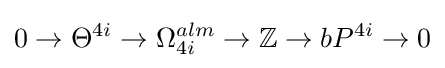
0\to \Theta ^{4i}\to \Omega _{4i}^{alm}\to \mathbb {Z} \to bP^{4i}\to 0